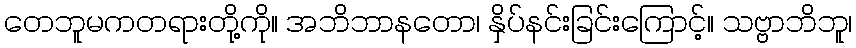
တေဘူမကတရားတို့ကို။ အဘိဘာနတော၊ နှိပ်နင်းခြင်းကြောင့်။ သဗ္ဗာဘိဘူ၊